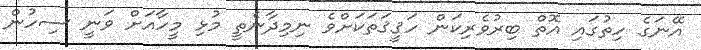
އޭނަގެ ހިތުގައި އޮތް ބިރުވެރިކަން ހަޤީޤަތަކަށްވެ ނިމިދާނެތީ މުޅި މީހާއަށް ވަނީ ސިހުން